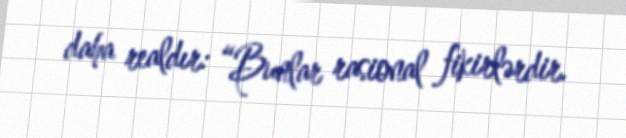
daha realdır: “Bunlar rasional fikirlərdir.